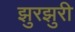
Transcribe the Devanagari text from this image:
झुरझुरी